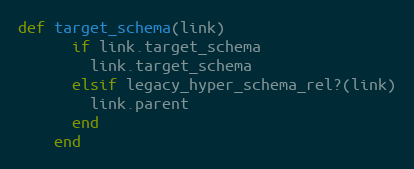
Language: Ruby
def target_schema(link)
      if link.target_schema
        link.target_schema
      elsif legacy_hyper_schema_rel?(link)
        link.parent
      end
    end